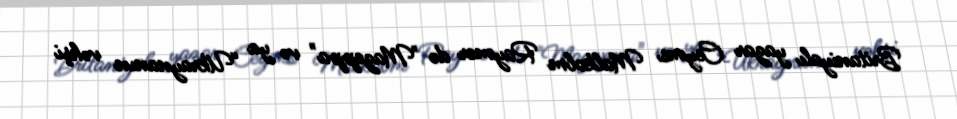
Britaniyalı yazar Ceyms Malkolm Raymer də "Mazeppa" və ya “Ukraynanın vəhşi